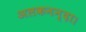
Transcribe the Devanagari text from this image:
अलकनन्दा।